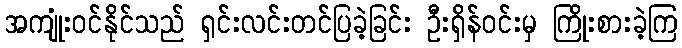
အကျုံးဝင်နိုင်သည် ရှင်းလင်းတင်ပြခဲ့ခြင်း ဦးရှိန်ဝင်းမှ ကြိုးစားခဲ့ကြ